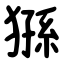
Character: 猻